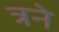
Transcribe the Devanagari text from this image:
त्रने